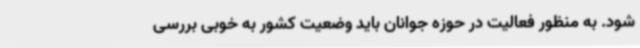
شود. به منظور فعالیت در حوزه جوانان باید وضعیت کشور به خوبی بررسی